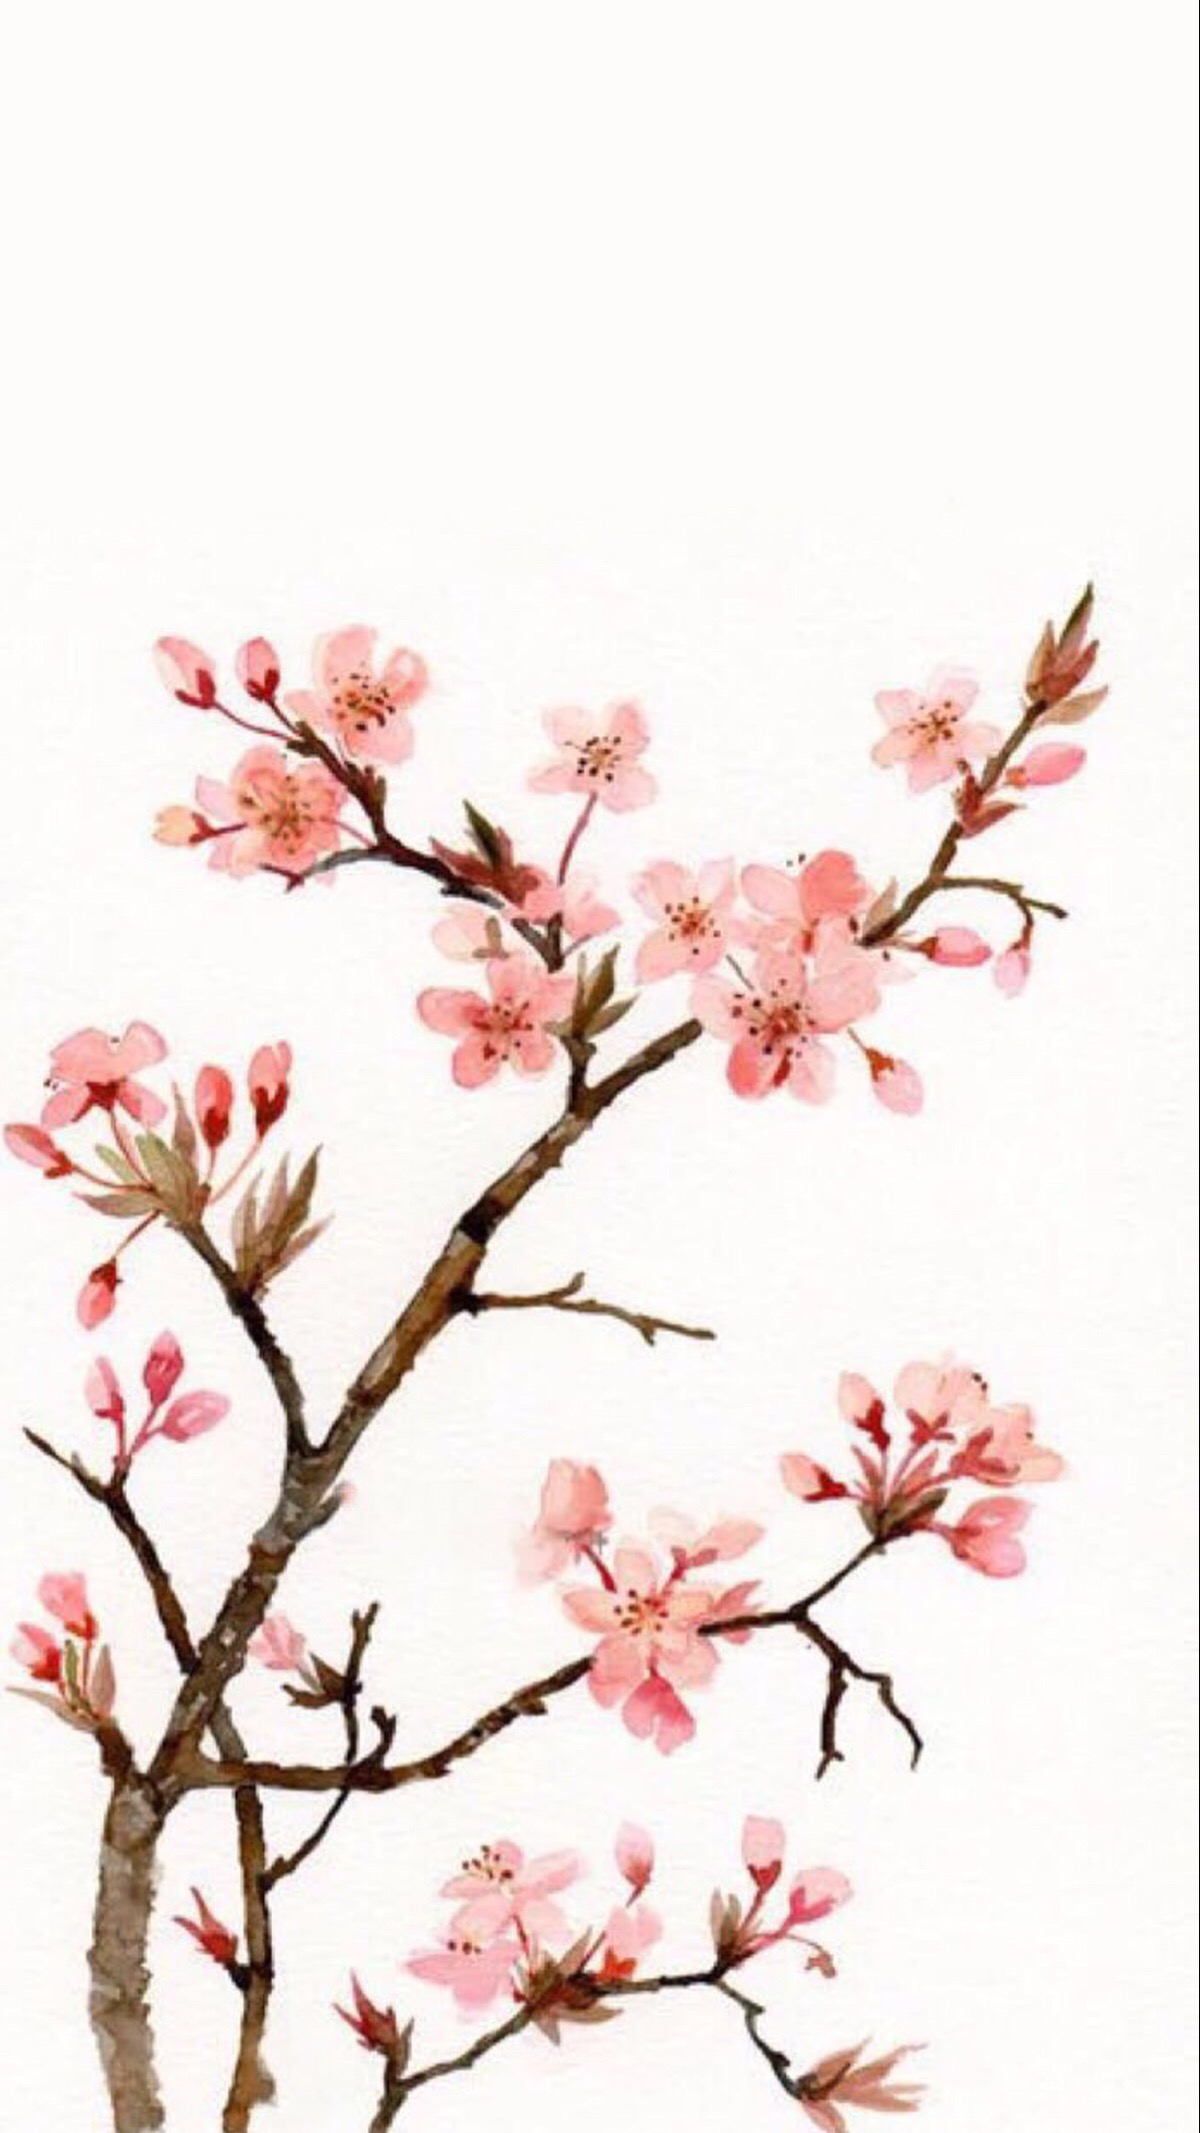
梅花雪，梨花月，总相思。